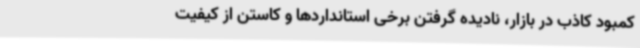
کمبود کاذب در بازار، نادیده گرفتن برخی استانداردها و کاستن از کیفیت